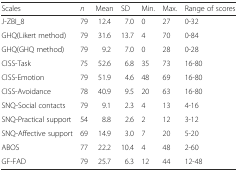
<table><thead><tr><td><b>Scales</b></td><td><b><i>n</i></b></td><td><b>Mean</b></td><td><b>SD</b></td><td><b>Min.</b></td><td><b>Max.</b></td><td><b>Range of scores</b></td></tr></thead><tbody><tr><td>J-ZBI_8</td><td>79</td><td>12.4</td><td>7.0</td><td>0</td><td>27</td><td>0-32</td></tr><tr><td>GHQ(Likert method)</td><td>79</td><td>31.6</td><td>13.7</td><td>4</td><td>70</td><td>0-84</td></tr><tr><td>GHQ(GHQ method)</td><td>79</td><td>9.2</td><td>7.0</td><td>0</td><td>28</td><td>0-28</td></tr><tr><td>CISS-Task</td><td>75</td><td>52.6</td><td>6.8</td><td>35</td><td>73</td><td>16-80</td></tr><tr><td>CISS-Emotion</td><td>79</td><td>51.9</td><td>4.6</td><td>48</td><td>69</td><td>16-80</td></tr><tr><td>CISS-Avoidance</td><td>78</td><td>40.9</td><td>9.5</td><td>20</td><td>63</td><td>16-80</td></tr><tr><td>SNQ-Social contacts</td><td>79</td><td>9.1</td><td>2.3</td><td>4</td><td>13</td><td>4-16</td></tr><tr><td>SNQ-Practical support</td><td>54</td><td>8.8</td><td>2.6</td><td>2</td><td>12</td><td>3-12</td></tr><tr><td>SNQ-Affective support</td><td>69</td><td>14.9</td><td>3.0</td><td>7</td><td>20</td><td>5-20</td></tr><tr><td>ABOS</td><td>77</td><td>22.2</td><td>10.4</td><td>4</td><td>48</td><td>2-60</td></tr><tr><td>GF-FAD</td><td>79</td><td>25.7</td><td>6.3</td><td>12</td><td>44</td><td>12-48</td></tr></tbody></table>